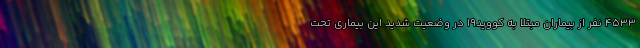
۴۵۳۳ نفر از بیماران مبتلا به کووید۱۹ در وضعیت شدید این بیماری تحت